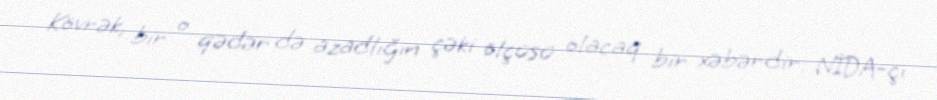
Kövrək, bir o qədər də azadlığın çəki ölçüsü olacaq bir xəbərdir: NİDA-çı